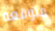
متوقعه